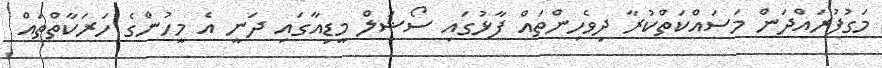
މަގުފުރައްދަން މަސައްކަތްކުރާ ދިވެހިންތައް ފާޅުގައި ސޯޝަލް މީޑިއާގައި ދަނީ އެ މީހުންގެ ހަރަކާތްތައް